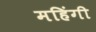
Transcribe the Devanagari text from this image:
महिंगी